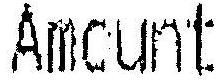
AMOUNT